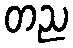
တည